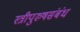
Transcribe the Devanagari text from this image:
स्त्रीपुरुषसंबंध